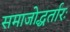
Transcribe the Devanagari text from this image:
समाजोद्धर्तारः